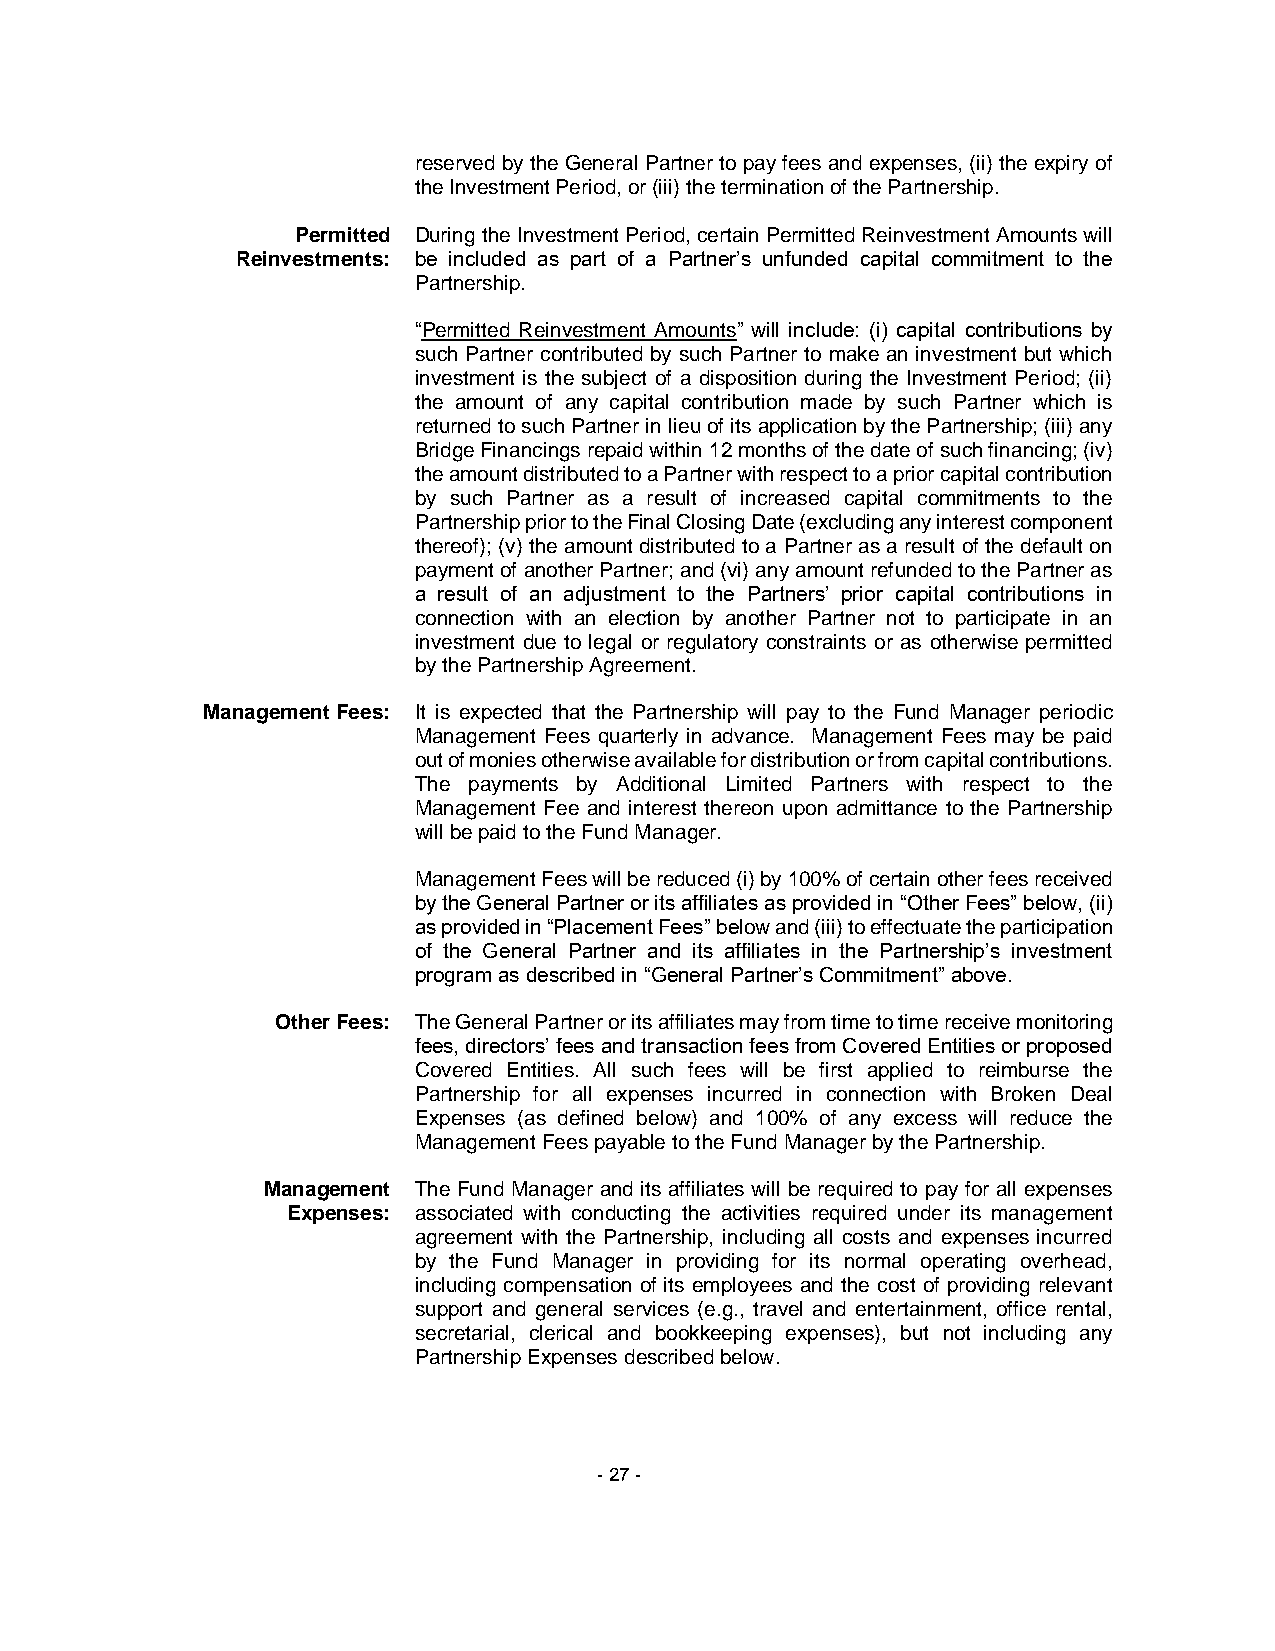
reserved by the General Partner to pay fees and expenses, (ii) the expiry of
 the Investment Period, or (iii) the termination of the Partnership.
 Permitted During the Investment Period, certain Permitted Reinvestment Amounts will
 Reinvestments: be included as part of a Partner’s unfunded capital commitment to the
 Partnership.
 “Permitted Reinvestment Amounts” will include: (i) capital contributions by
 such Partner contributed by such Partner to make an investment but which
 investment is the subject of a disposition during the Investment Period; (ii)
 the amount of any capital contribution made by such Partner which is
 returned to such Partner in lieu of its application by the Partnership; (iii) any
 Bridge Financings repaid within 12 months of the date of such financing; (iv)
 the amount distributed to a Partner with respect to a prior capital contribution
 by such Partner as a result of increased capital commitments to the
 Partnership prior to the Final Closing Date (excluding any interest component
 thereof); (v) the amount distributed to a Partner as a result of the default on
 payment of another Partner; and (vi) any amount refunded to the Partner as
 a result of an adjustment to the Partners’ prior capital contributions in
 connection with an election by another Partner not to participate in an
 investment due to legal or regulatory constraints or as otherwise permitted
 by the Partnership Agreement.
 Management Fees: It is expected that the Partnership will pay to the Fund Manager periodic
 Management Fees quarterly in advance. Management Fees may be paid
 out of monies otherwise available for distribution or from capital contributions.
 The payments by Additional Limited Partners with respect to the
 Management Fee and interest thereon upon admittance to the Partnership
 will be paid to the Fund Manager.
 Management Fees will be reduced (i) by 100% of certain other fees received
 by the General Partner or its affiliates as provided in “Other Fees” below, (ii)
 as provided in “Placement Fees” below and (iii) to effectuate the participation
 of the General Partner and its affiliates in the Partnership’s investment
 program as described in “General Partner’s Commitment” above.
 Other Fees: The General Partner or its affiliates may from time to time receive monitoring
 fees, directors’ fees and transaction fees from Covered Entities or proposed
 Covered Entities. All such fees will be first applied to reimburse the
 Partnership for all expenses incurred in connection with Broken Deal
 Expenses (as defined below) and 100% of any excess will reduce the
 Management Fees payable to the Fund Manager by the Partnership.
 Management The Fund Manager and its affiliates will be required to pay for all expenses
 Expenses: associated with conducting the activities required under its management
 agreement with the Partnership, including all costs and expenses incurred
 by the Fund Manager in providing for its normal operating overhead,
 including compensation of its employees and the cost of providing relevant
 support and general services (e.g., travel and entertainment, office rental,
 secretarial, clerical and bookkeeping expenses), but not including any
 Partnership Expenses described below.
 - 27 -